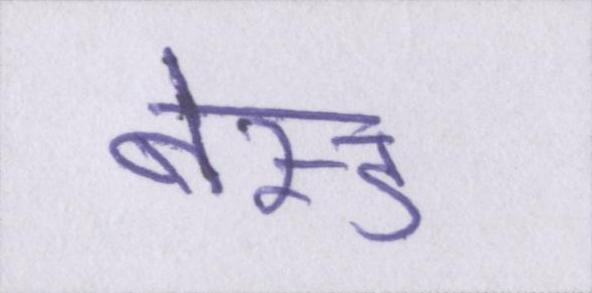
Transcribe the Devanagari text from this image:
बेस्ड